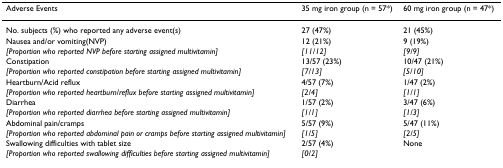
| Adverse Events | 35 mg iron group (n = 57*) | 60 mg iron group (n = 47*) |
 | --- | --- | --- |
 | No. subjects (%) who reported any adverse event(s) | 27 (47%) | 21 (45%) |
 | Nausea and/or vomiting(NVP) | 12 (21%) | 9 (19%) |
 | [Proportion who reported NVP before starting assigned multivitamin] | [11/12] | [9/9] |
 | Constipation | 13/57 (23%) | 10/47 (21%) |
 | [Proportion who reported constipation before starting assigned multivitamin] | [7/13] | [5/10] |
 | Heartburn/Acid reflux | 4/57 (7%) | 1/47 (2%) |
 | [Proportion who reported heartburn/reflux before starting assigned multivitamin] | [2/4] | [1/1] |
 | Diarrhea | 1/57 (2%) | 3/47 (6%) |
 | [Proportion who reported diarrhea before starting assigned multivitamin] | [1/1] | [1/3] |
 | Abdominal pain/cramps | 5/57 (9%) | 5/47 (11%) |
 | [Proportion who reported abdominal pain or cramps before starting assigned multivitamin] | [1/5] | [2/5] |
 | Swallowing difficulties with tablet size | 2/57 (4%) | None |
 | [Proportion who reported swallowing difficulties before starting assigned multivitamin] | [0/2] |  |